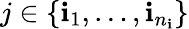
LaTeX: j\in\{ \mathbf{i}_{1},\dots,\mathbf{i}_{n_{\mathbf{i}}}\}